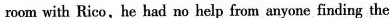
room with Rico,he had no help from anyone finding the